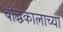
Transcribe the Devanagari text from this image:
बौद्धकालाच्या